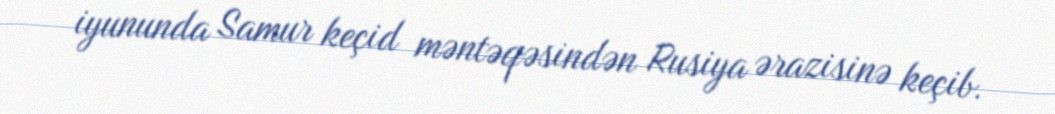
iyununda Samur keçid məntəqəsindən Rusiya ərazisinə keçib.